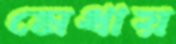
মেধায়